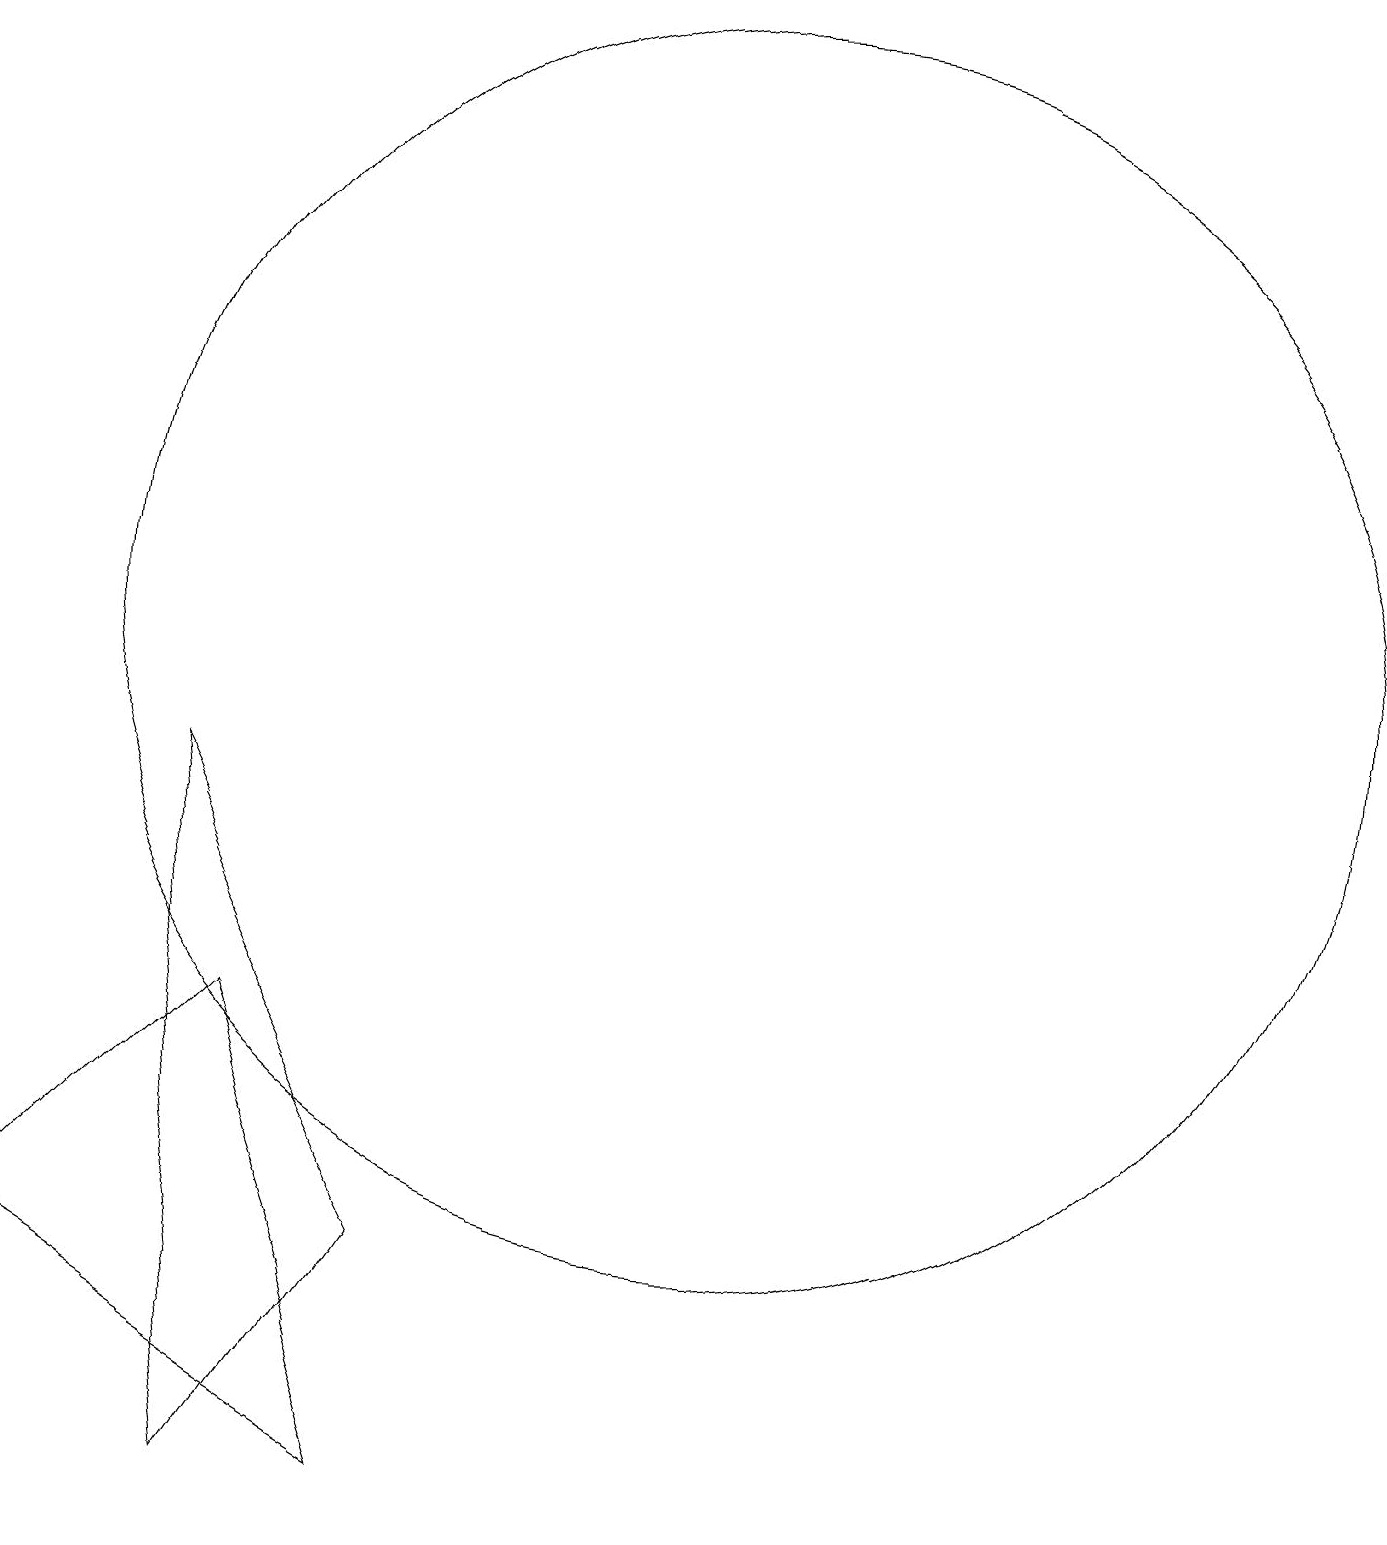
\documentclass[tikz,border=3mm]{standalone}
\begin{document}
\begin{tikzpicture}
\draw (5,6) -- (2,3) -- (7,0) -- cycle;
\draw (11,11) circle (8);
\draw (4,9) -- (7,3) -- (5,0) -- cycle;
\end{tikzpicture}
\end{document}